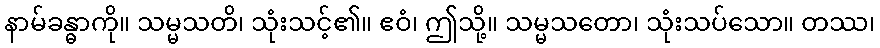
နာမ်ခန္ဓာကို။ သမ္မသတိ၊ သုံးသင့်၏။ ဧဝံ၊ ဤသို့။ သမ္မသတော၊ သုံးသပ်သော။ တဿ၊